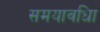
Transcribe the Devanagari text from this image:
समयावधिा